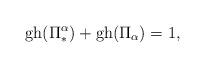
LaTeX: \begin{align*}\hbox{gh}(\Pi_*^{\alpha})+\hbox{gh}(\Pi_{\alpha})=1,\end{align*}